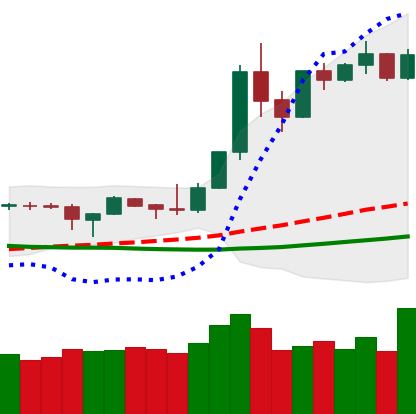
Ticker: XMR-USD
Chart end date: 2019-04-10
Forward return: -9.334%
Label: down_7plus